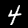
Label: 4